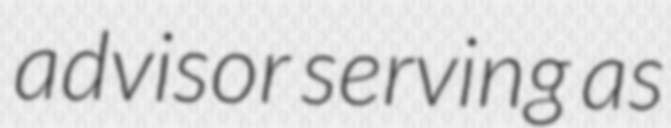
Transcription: advisor serving as